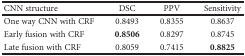
<table><thead><tr><td><b>CNN structure</b></td><td><b>DSC</b></td><td><b>PPV</b></td><td><b>Sensitivity</b></td></tr></thead><tbody><tr><td>One way CNN with CRF</td><td>0.8493</td><td>0.8355</td><td>0.8637</td></tr><tr><td>Early fusion with CRF</td><td><b>0.8506</b></td><td>0.8297</td><td>0.8745</td></tr><tr><td>Late fusion with CRF</td><td>0.8059</td><td>0.7415</td><td><b>0.8825</b></td></tr></tbody></table>